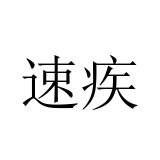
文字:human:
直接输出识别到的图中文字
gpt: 速疾